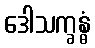
ဒေါသက္ခန္ဓံ